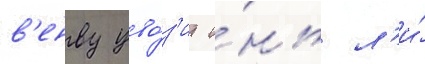
в'енву уво́з'ит и́нь л'и́